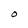
Character: O